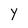
Character: Y